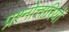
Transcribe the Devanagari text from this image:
प्रश्नोत्तारियों